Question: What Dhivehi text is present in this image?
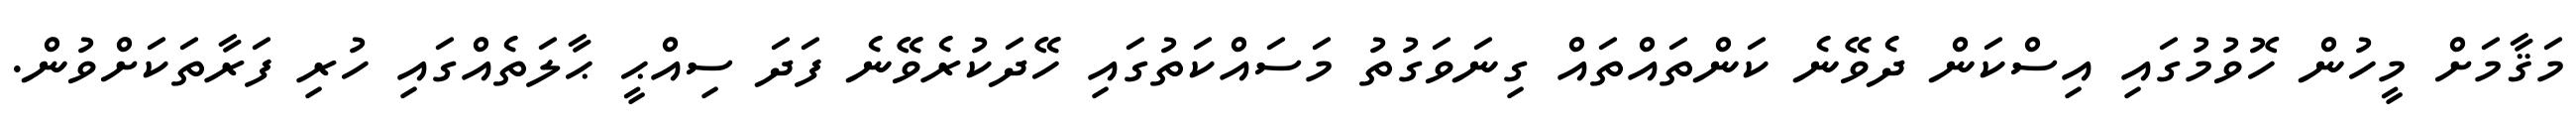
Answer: މަޤާމަށް މީހުން ހޮވުމުގައި އިސްކަން ދެވޭނެ ކަންތައްތައް ގިނަވަގުތު މަސައްކަތުގައި ހޭދަކުރެވޭނެ ފަދަ ސިއްޙީ ޙާލަތެއްގައި ހުރި ފަރާތަކަށްވުން.